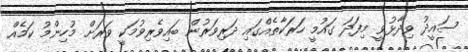
ސައީދު ވިދާޅުވީ މިފަދަ ގައުމީ ހަރަކާތެއްގައި ދަރިވަރުން ބައިވެރިވުމަކީ ވަރަށް މުހިންމު ކަމެއް